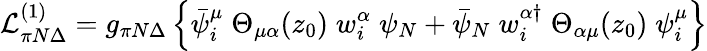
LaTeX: {\cal L}_{\pi N\Delta}^{(1)}=g_{\pi N\Delta}\left\{ \bar{\psi}_{i}^{\mu}\; \Theta_{\mu\alpha}(z_{0})\; w_{i}^{\alpha}\; \psi_{N}+\bar{\psi}_{N}\; w_{i}^{\alpha\dagger}\; \Theta_{\alpha\mu}(z_{0})\; \psi_{i}^{\mu}\right\}